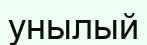
унылый